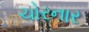
ચોરનાર